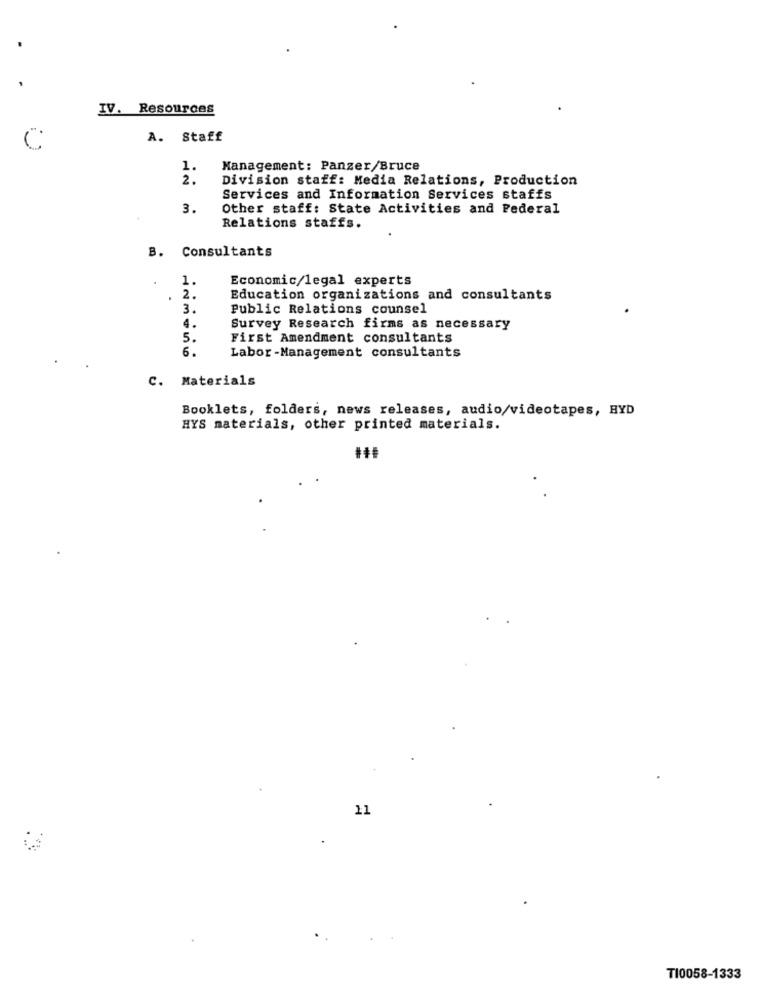
IV. Resources
A. Staff
1.
Management: Panzer/Bruce
2 .
Division staff: Media Relations, Production
Services and Information Services staffs
3.
Other staff: State Activities and Federal
Relations staffs.
B. Consultants
1.
Economic/legal experts
2.
Education organizations and consultants
3.
Public Relations counsel
4.
Survey Research firms as necessary
5.
First Amendment consultants
6.
Labor -Management consultants
C. Materials
Booklets, folders, news releases, audio/videotapes, HYD
HYS materials, other printed materials.
11
TI0058-1333